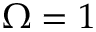
\Omega = 1